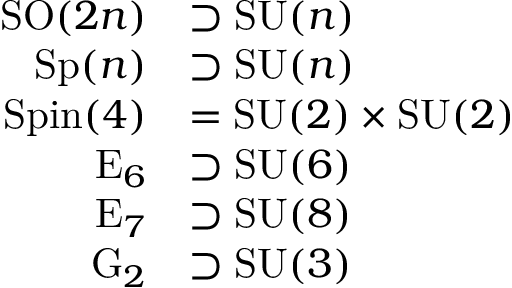
{ \begin{array} { r l } { \operatorname { S O } ( 2 n ) } & { \supset \operatorname { S U } ( n ) } \\ { \operatorname { S p } ( n ) } & { \supset \operatorname { S U } ( n ) } \\ { \operatorname { S p i n } ( 4 ) } & { = \operatorname { S U } ( 2 ) \times \operatorname { S U } ( 2 ) } \\ { \operatorname { E } _ { 6 } } & { \supset \operatorname { S U } ( 6 ) } \\ { \operatorname { E } _ { 7 } } & { \supset \operatorname { S U } ( 8 ) } \\ { \operatorname { G } _ { 2 } } & { \supset \operatorname { S U } ( 3 ) } \end{array} }